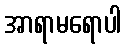
အာရာမရောပါ